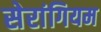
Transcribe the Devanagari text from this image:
सेरांगियम